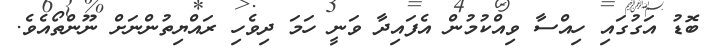
ބޮޑު އަގުގައި ހިއްސާ ވިއްކުމުން އެފައިދާ ވަނީ ހަމަ ދިވެހި ރައްޔިތުންނަށް ނޫންތޯއެވެ.